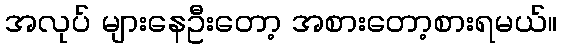
အလုပ် များနေဦးတော့ အစားတော့စားရမယ်။